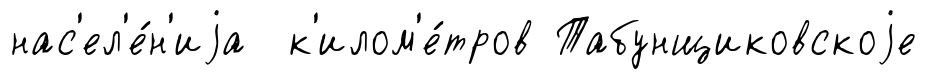
нас'ел'е́н'иjа к'илом'е́тров Табунщиковскоjе